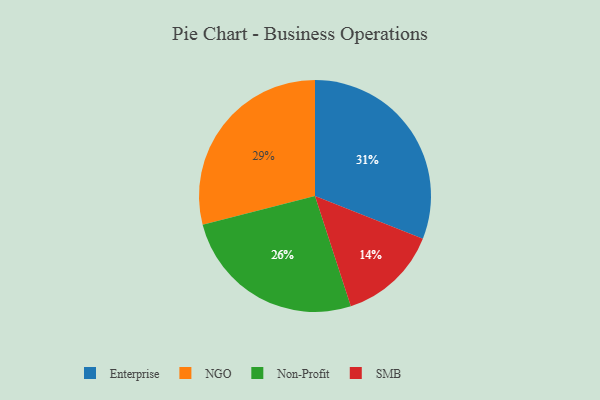
{"axis": {"x": "Category", "y": "Percentage"}, "legend": ["Enterprise", "NGO", "Non-Profit", "SMB"], "data": [{"x": "Enterprise", "y": 31, "type": "Enterprise"}, {"x": "NGO", "y": 29, "type": "NGO"}, {"x": "Non-Profit", "y": 26, "type": "Non-Profit"}, {"x": "SMB", "y": 14, "type": "SMB"}]}